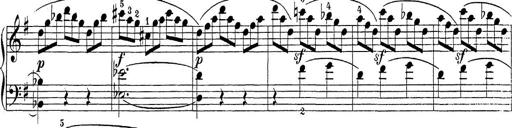
Title: Sonatina Album
Composer: Louis KÃ¶hler